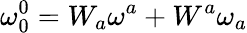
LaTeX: \mathbf{\omega}_{0}^{0}=W_{a}\mathbf{\omega}^{a}+W^{a}\mathbf{\omega}_{a}